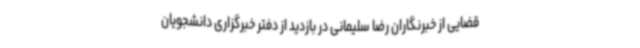
قضایی از خبرنگاران رضا سلیمانی در بازدید از دفتر خبرگزاری دانشجویان